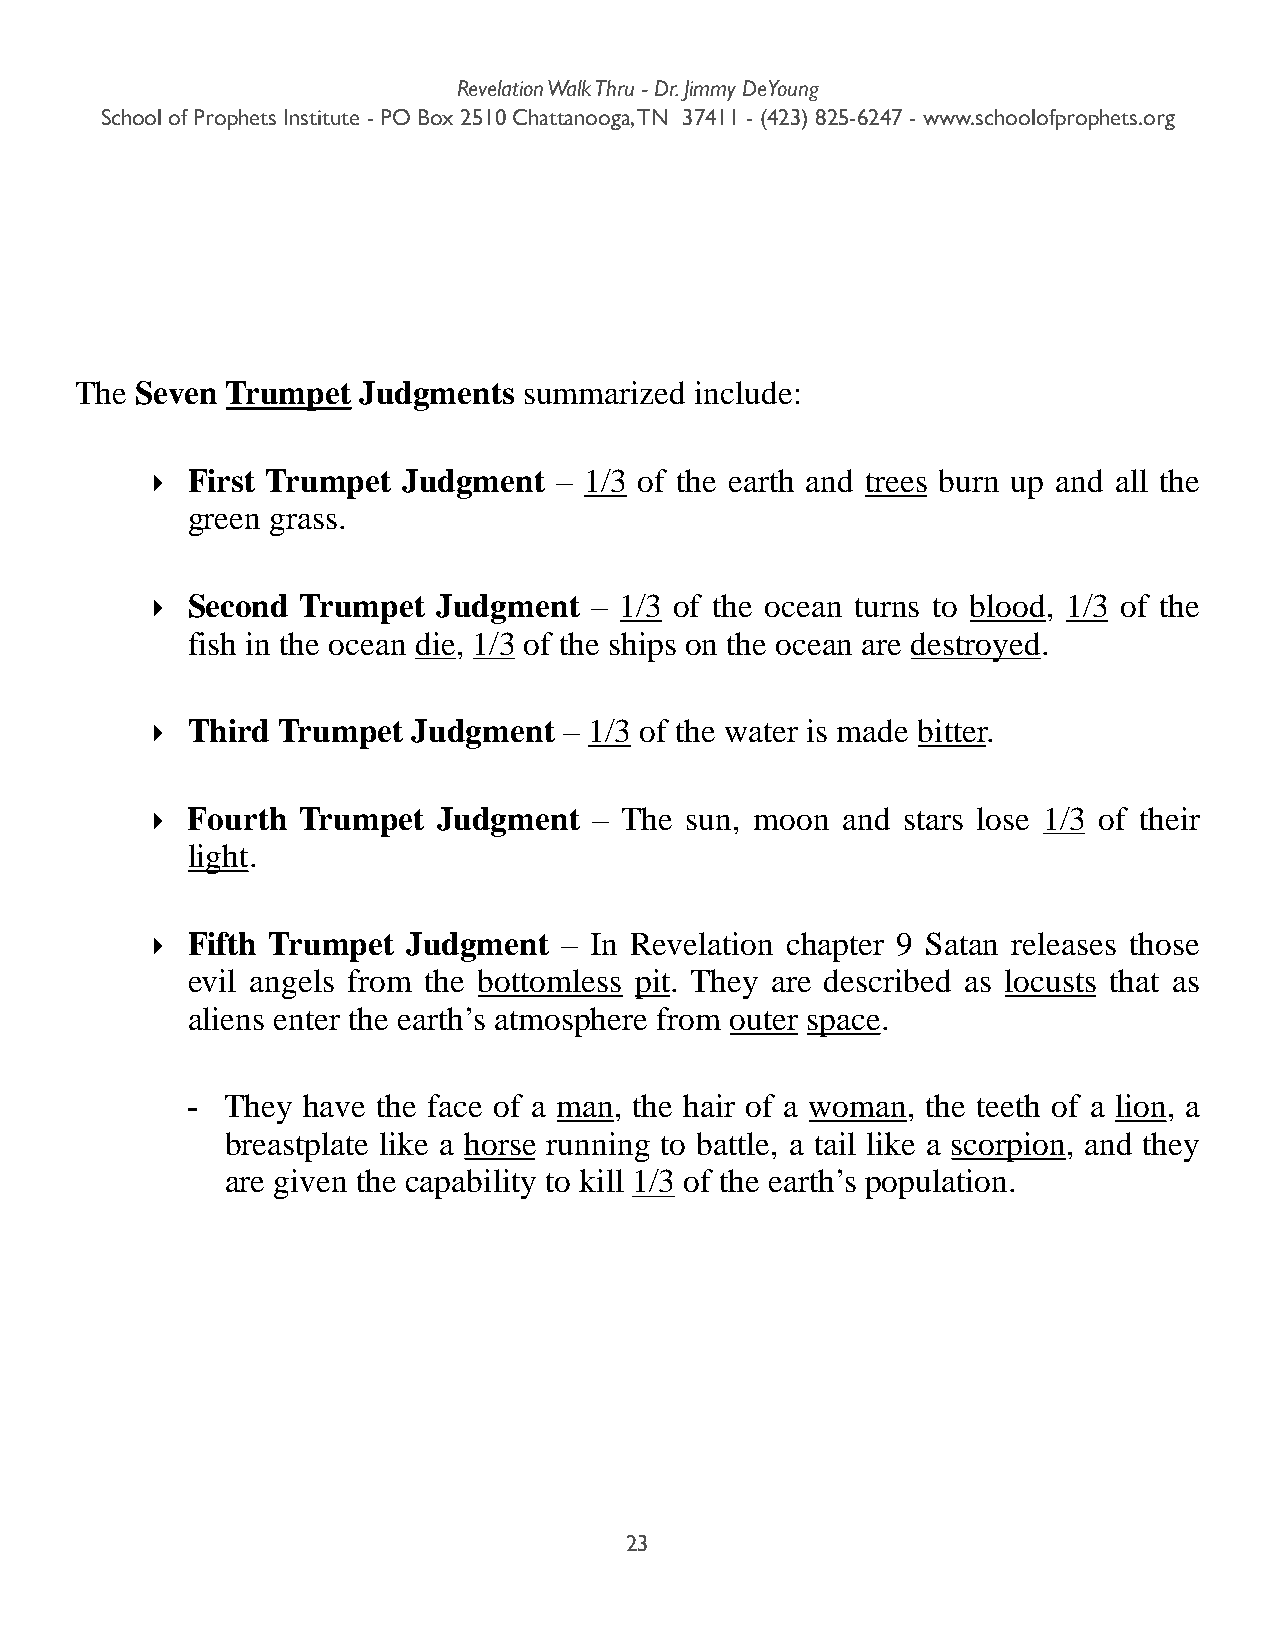
Revelation Walk Thru - Dr. Jimmy DeYoung
 School of Prophets Institute - PO Box 2510 Chattanooga, TN 37411 - (423) 825-6247 - www.schoolofprophets.org
 The Seven Trumpet  Judgments  summarized include:
 ‣ First Trumpet  Judgment  – 1/3 of the earth and trees burn up and all the
 green grass.
 ‣ Second  Trumpet  Judgment  – 1/3 of the ocean turns to blood, 1/3 of the
 fish in the ocean die, 1/3 of the ships on the ocean are destroyed.
 ‣ Third Trumpet  Judgment  – 1/3 of the water is made bitter.
 ‣ Fourth  Trumpet  Judgment  – The sun, moon  and stars lose 1/3 of their
 light.
 ‣ Fifth Trumpet  Judgment  – In Revelation chapter 9 Satan releases those
 evil angels from the bottomless pit. They are described as locusts that as
 aliens enter the earth’s atmosphere from outer space.
 -  They have the face of a man, the hair of a woman, the teeth of a lion, a
 breastplate like a horse running to battle, a tail like a scorpion, and they
 are given the capability to kill 1/3 of the earth’s population.
 23